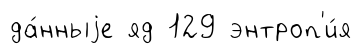
да́нныjе яд 129 энтроп'и́я